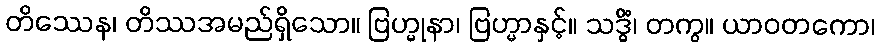
တိဿေန၊ တိဿအမည်ရှိသော။ ဗြဟ္မုနာ၊ ဗြဟ္မာနှင့်။ သဒ္ဓိံ၊ တကွ။ ယာဝတကော၊